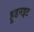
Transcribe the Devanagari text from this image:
हूडनइट